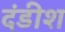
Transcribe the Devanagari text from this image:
दंडीश